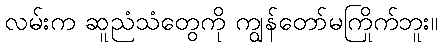
လမ်းက ဆူညံသံတွေကို ကျွန်တော်မကြိုက်ဘူး။